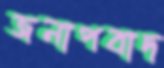
জনাপবাদ